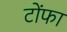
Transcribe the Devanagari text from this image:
टोंफा